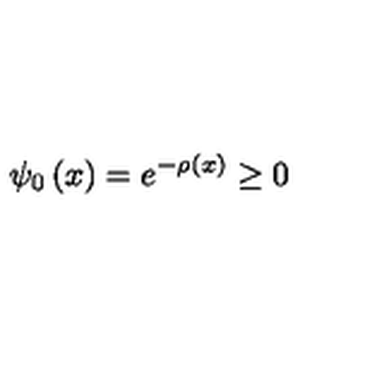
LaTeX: \psi _ { 0 } \left( x \right) = e ^ { - \rho \left( x \right) } \geq 0